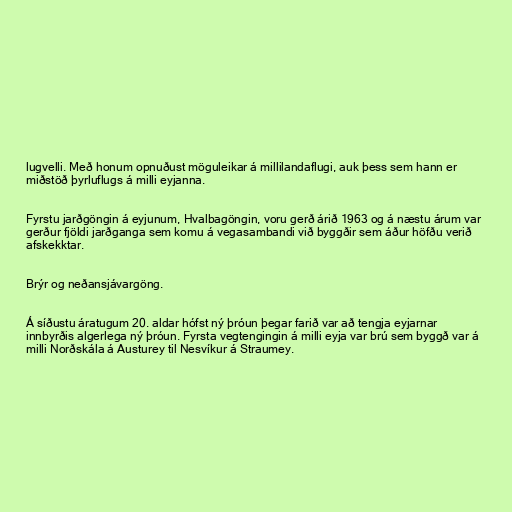
lugvelli. Með honum opnuðust möguleikar á millilandaflugi, auk þess sem hann er
miðstöð þyrluflugs á milli eyjanna.

Fyrstu jarðgöngin á eyjunum, Hvalbagöngin, voru gerð árið 1963 og á næstu árum var
gerður fjöldi jarðganga sem komu á vegasambandi við byggðir sem áður höfðu verið
afskekktar.

Brýr og neðansjávargöng.

Á síðustu áratugum 20. aldar hófst ný þróun þegar farið var að tengja eyjarnar
innbyrðis algerlega ný þróun. Fyrsta vegtengingin á milli eyja var brú sem byggð var á
milli Norðskála á Austurey til Nesvíkur á Straumey.